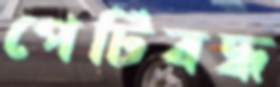
পেটিবদ্ধ